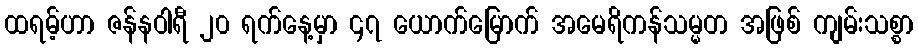
ထရမ့်ဟာ ဇန်နဝါရီ ၂၀ ရက်နေ့မှာ ၄၇ ယောက်မြောက် အမေရိကန်သမ္မတ အဖြစ် ကျမ်းသစ္စာ